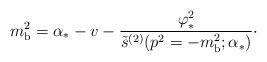
LaTeX: \begin{align*}m_{\rm b}^{2} = \alpha_{*}-v- {\varphi_{*}^{2}\over\tilde s^{(2)}(p^{2}=-m_{\rm b}^{2};\alpha_{*})}\cdotp\end{align*}